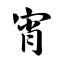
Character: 宵